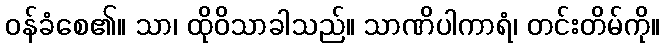
ဝန်ခံစေ၏။ သာ၊ ထိုဝိသာခါသည်။ သာဏိပါကာရံ၊ တင်းတိမ်ကို။